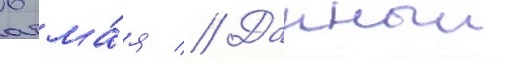
6 ма́я // Данныи